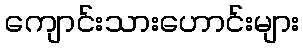
ကျောင်းသားဟောင်းများ